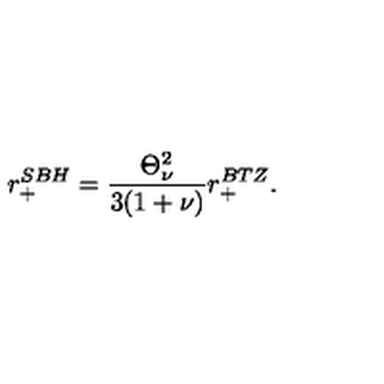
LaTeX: r _ { + } ^ { S B H } = \frac { \Theta _ { \nu } ^ { 2 } } { 3 ( 1 + \nu ) } r _ { + } ^ { B T Z } .